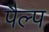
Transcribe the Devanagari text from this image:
पैल्प